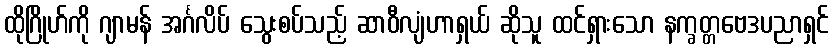
ထိုဂြိုဟ်ကို ဂျာမန် အင်္ဂလိပ် သွေးစပ်သည့် ဆာဝီလျံဟာရှယ် ဆိုသူ ထင်ရှားသော နက္ခတ္တဗေဒပညာရှင်